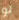
لو